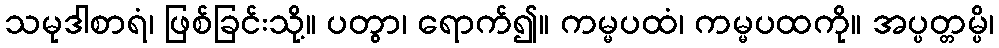
သမုဒါစာရံ၊ ဖြစ်ခြင်းသို့။ ပတွာ၊ ရောက်၍။ ကမ္မပထံ၊ ကမ္မပထကို။ အပ္ပတ္တမ္ပိ၊